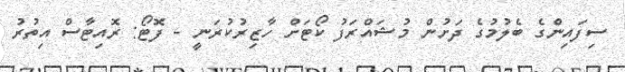
ސިފައިންގެ ބެލުމުގެ ދަށުން މުޝައްރަފު ކޯޓަށް ހާޒިރުކުރަނީ - ފޮޓޯ: ރޮއިޓާސް އިތުރު